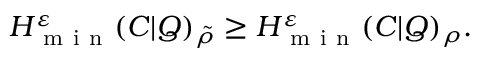
H _ { \mathrm { ~ m ~ i ~ n ~ } } ^ { \varepsilon } ( C | Q ) _ { \tilde { \rho } } \geq H _ { \mathrm { ~ m ~ i ~ n ~ } } ^ { \varepsilon } ( C | Q ) _ { \rho } .